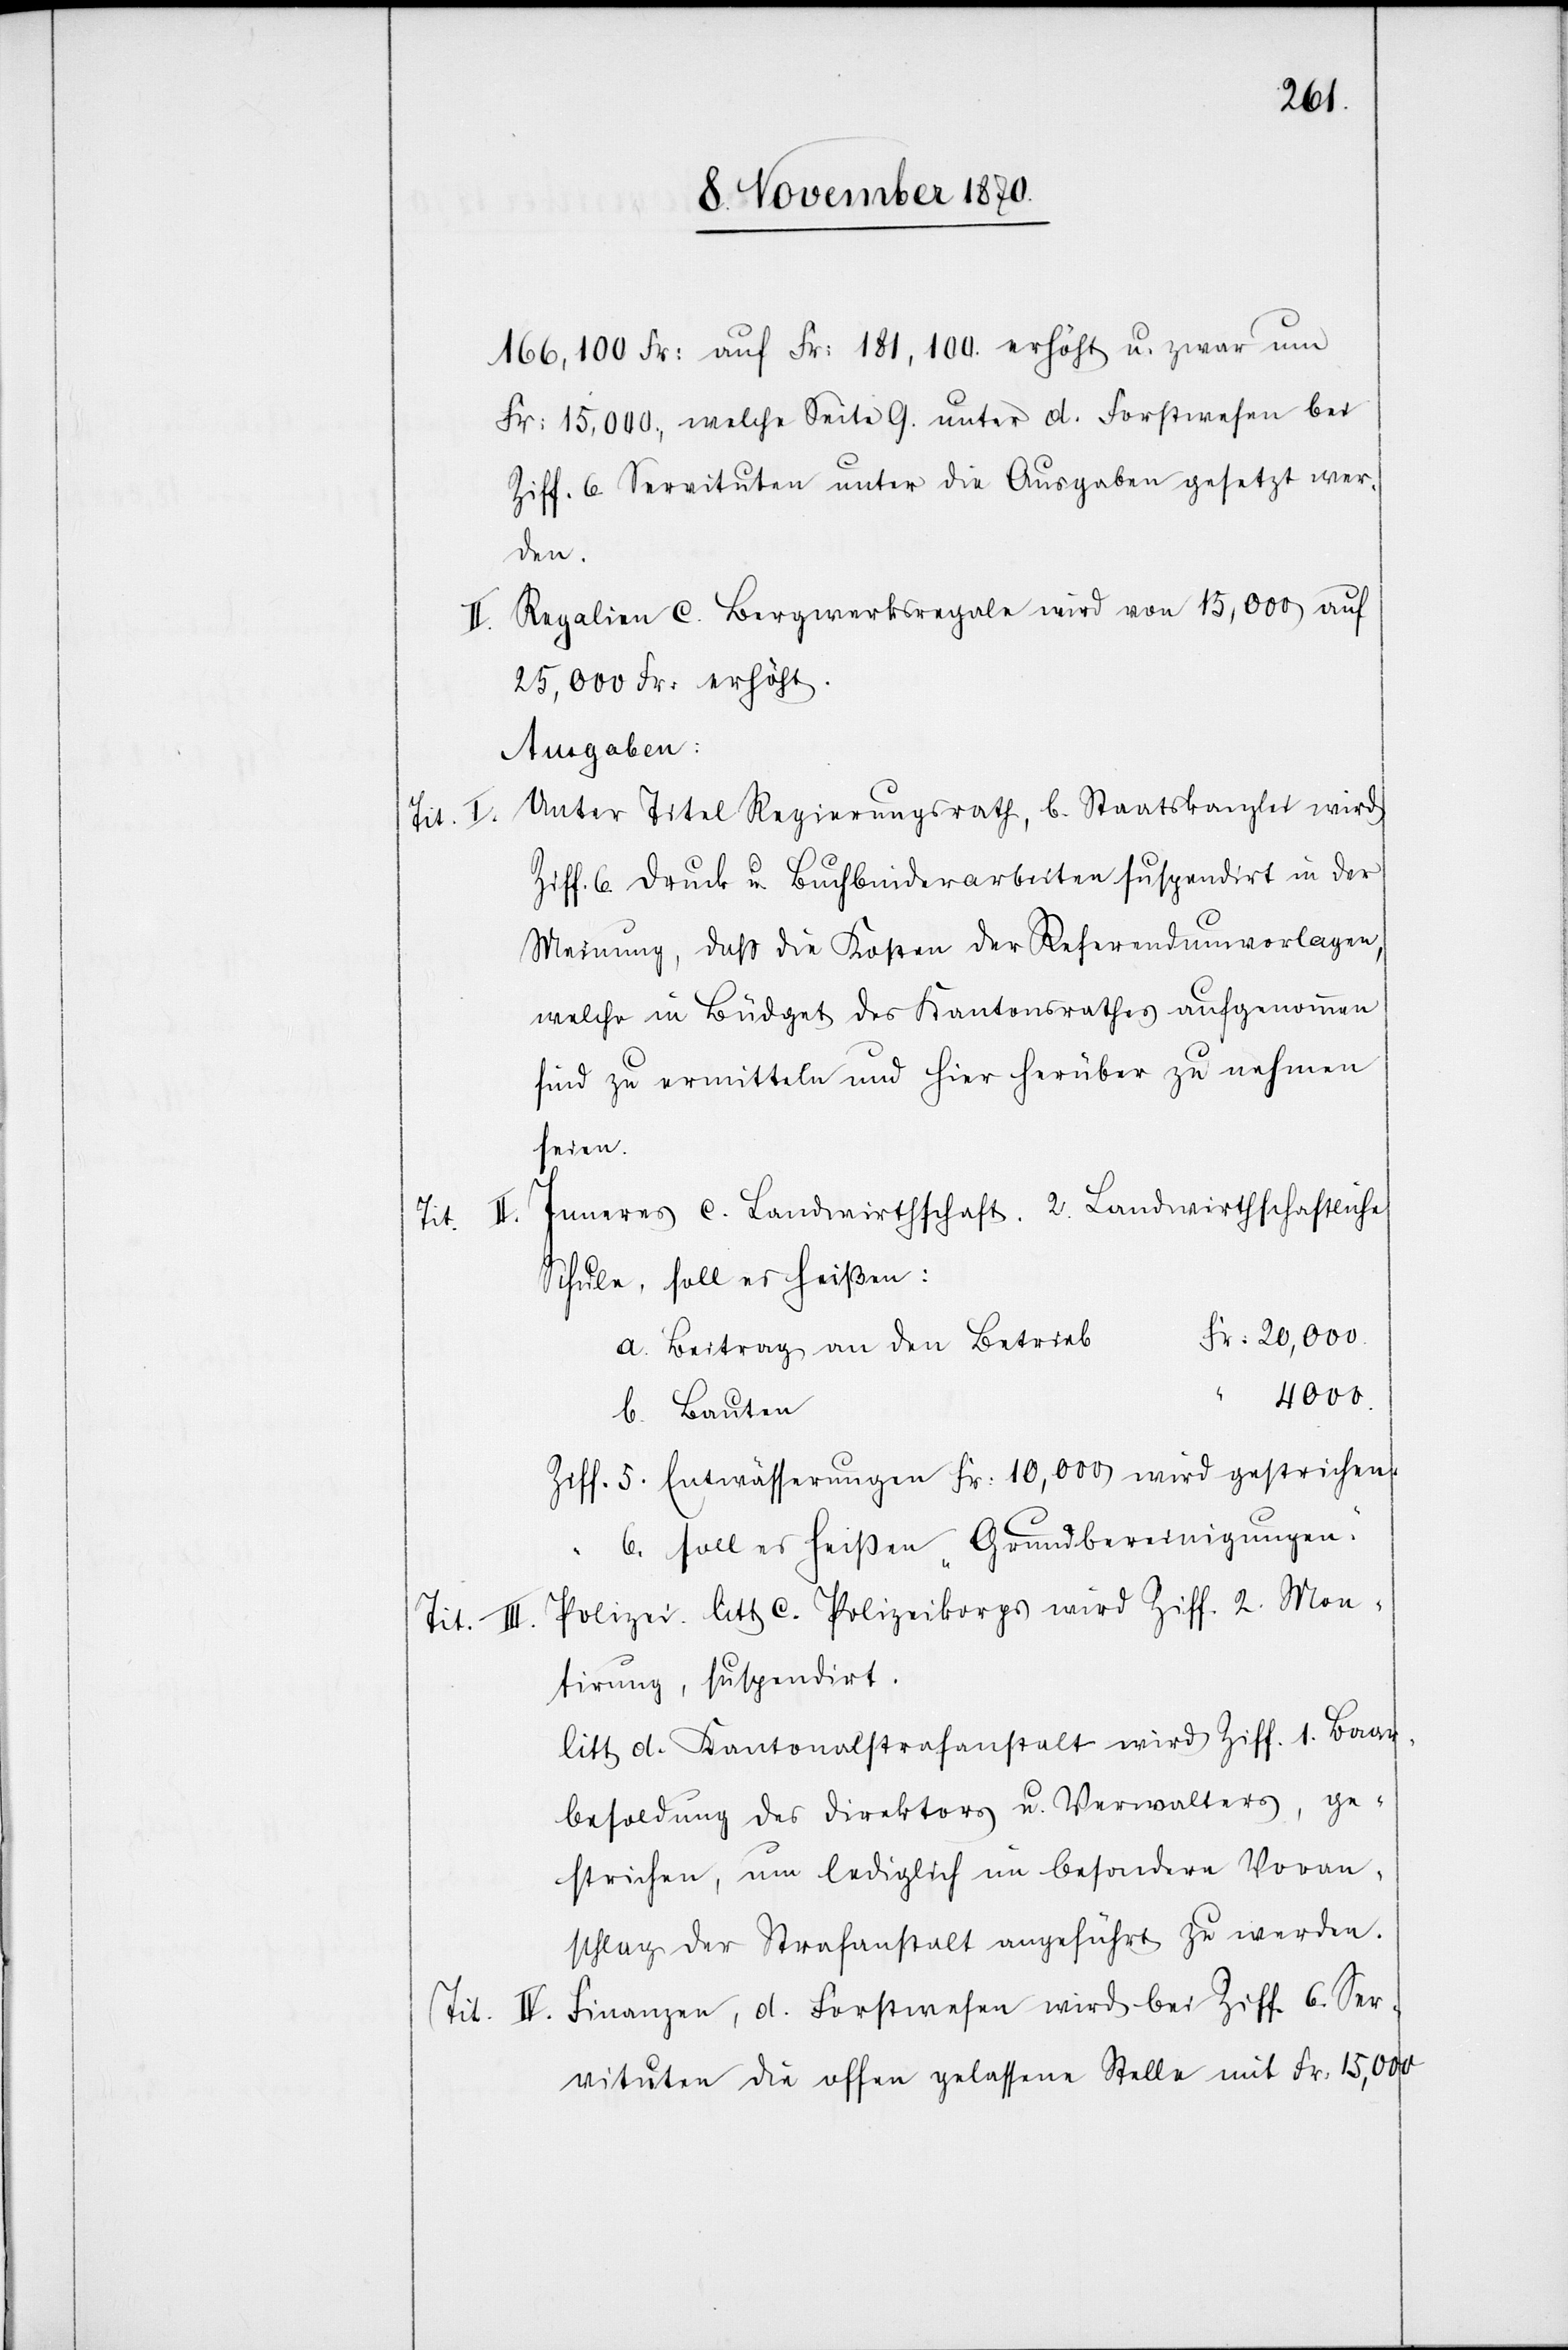
166,100 Fr: auf Fr: 181,100 erhöht u. zwar um
Fr: 15,000., welche Seite 9. unter d. Forstwesen bei
Ziff. 6 Servituten unter die Ausgaben gesetzt wer¬
den.
II. Regalien c. Bergwerksregale wird von 15,000 auf
25,000 Fr: erhöht.
Ausgaben:
Unter Titel Regierungsrath, b. Staatskanzlei wird
IV.
Ziff. 6 Druck u. Buchbinderarbeiten suspendirt in der
Meinung, daß die Kosten der Referendumsvorlagen,
welche im Büdget des Kantonsrathes aufgenommen
sind zu ermitteln und hier herüber zu nehmen
seien.
Inneres c. Landwirthschaft. 2. Landwirthschaftliche
Schule, soll es heißen:
Fr: 20,000.
a. Beitrag an den Betrieb
4000.
b. Bauten
Ziff. 5. Entwässerungen Fr: 10,000 wird gestrichen.
6. soll es heißen „Grundbereinigungen“.
Tit. III. Polizei. litt c. Polizeikorps wird Ziff. 2. Mon¬
tirung, suspendirt.
litt. d. Kantonalstrafanstalt wird Ziff. 1. Baar¬
besoldung des Direktors u. Verwalters, ge¬
strichen, um lediglich im besondern Voran¬
schlag der Strafanstalt angeführt zu werden.
Finanzen, d. Forstwesen wird bei Ziff. 6 Ser¬
vituten die offen gelassene Stelle mit Fr. 15,000